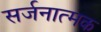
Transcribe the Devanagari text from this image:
सर्जनात्‍मक